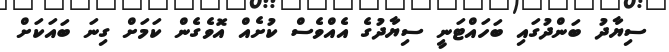
ސިޔާދު ބަންދުގައި ބަހައްޓަނީ ސިޔާދުގެ އެއްވެސް ކުށެއް އޮވެގެން ކަމަށް ގިނަ ބައަކަށް